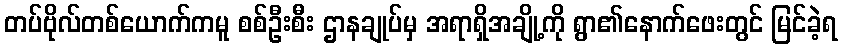
တပ်ဗိုလ်တစ်ယောက်ကမူ စစ်ဦးစီး ဌာနချုပ်မှ အရာရှိအချို့ကို ရွာ၏နောက်ဖေးတွင် မြင်ခဲ့ရ